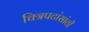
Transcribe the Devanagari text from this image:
चित्रपटांसांठी